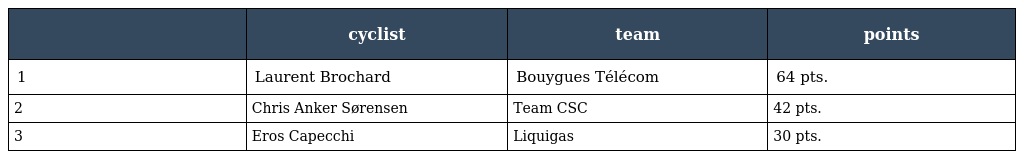
|  | cyclist | team | points |
 | --- | --- | --- | --- |
 | 1 | Laurent Brochard | Bouygues Télécom | 64 pts. |
 | 2 | Chris Anker Sørensen | Team CSC | 42 pts. |
 | 3 | Eros Capecchi | Liquigas | 30 pts. |